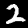
Digit: 2